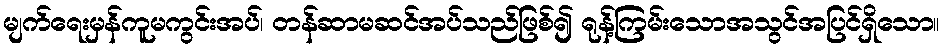
မျက်ရေးမှန်ကူမကွင်းအပ်၊ တန်ဆာမဆင်အပ်သည်ဖြစ်၍ ရုန့်ကြမ်းသောအသွင်အပြင်ရှိသော။